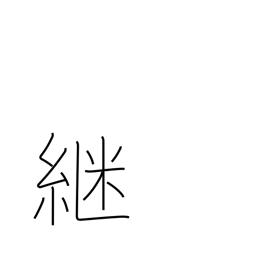
Meaning: continue